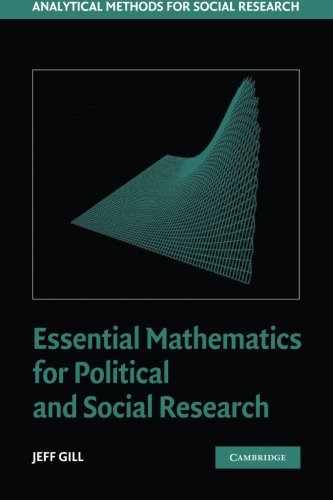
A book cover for Essential Mathematics for Political and Social Research (Analytical Methods for Social Research); Jeff Gill; Politics & Social Sciences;